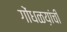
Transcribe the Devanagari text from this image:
गोंधळय़ांची